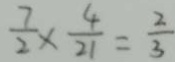
\frac { 7 } { 2 } \times \frac { 4 } { 2 1 } = \frac { 2 } { 3 }